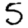
Digit: 5